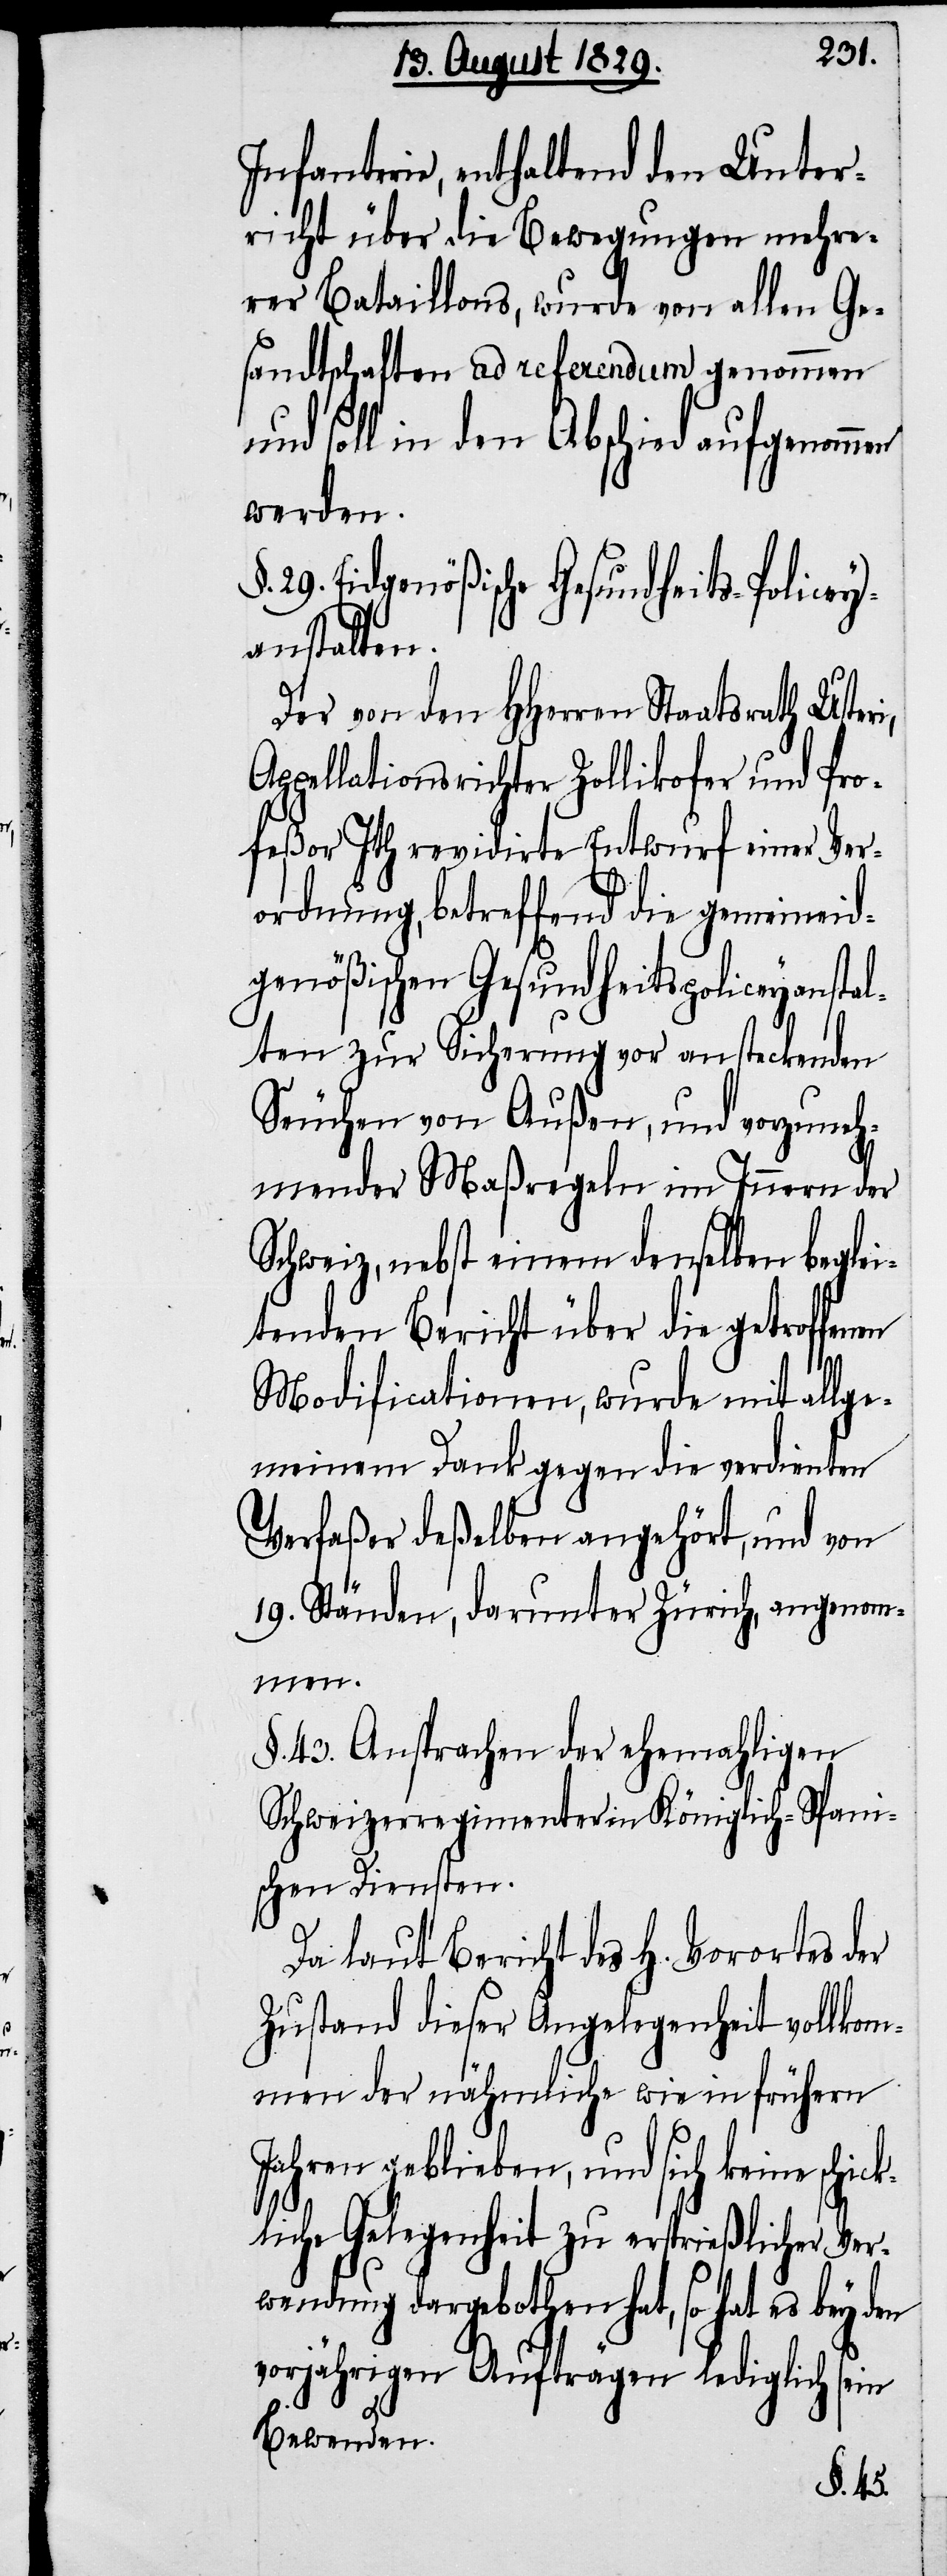
Infanterie, enthaltend den Unter¬
richt über die Bewegungen mehre¬
rer Bataillons, wurde von allen Ge¬
sandtschaften ad referendum genommen
und soll in den Abschied aufgenommen
werden.
29. Eidgenößische Gesundheits-Policey¬
anstalten.
Der von den HHerren Staatsrath Usteri,
Appellationsrichter Zollikofer und Pro¬
feßor Ith revidirte Entwurf einer Ver¬
ordnung, betreffend die gemeineid¬
genößischen Gesundheitspoliceyanstal¬
ten zur Sicherung vor ansteckenden
Seuchen von Außen, und vorzuneh¬
mender Maßregeln im Innern der
Schweiz, nebst einem denselben beglei¬
tenden Bericht über die getroffen¬
Modificationen, wurde mit allge¬
meinem Dank gegen die verdienten
Verfaßer deßelben angehört, und von
19. Ständen, darunter Zürich, angenom¬
men.
§. 43. Ansprachen der ehemahligen
Schweizerregimenter in Königlich-Spani¬
schen Diensten.
Da laut Bericht des H. Vorortes der
Zustand dieser Angelegenheit vollkom¬
men der nähmlichen wie in frühern
Jahren geblieben, und sich keine schic¬
kliche Gelegenheit zu ersprießlicher Ver¬
wendung dargebothen hat, so hat es bey den
vorjährigen Aufträgen lediglich sein
Bewenden.